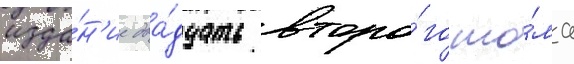
изда́н'ие два́дцать второ́го то́ма